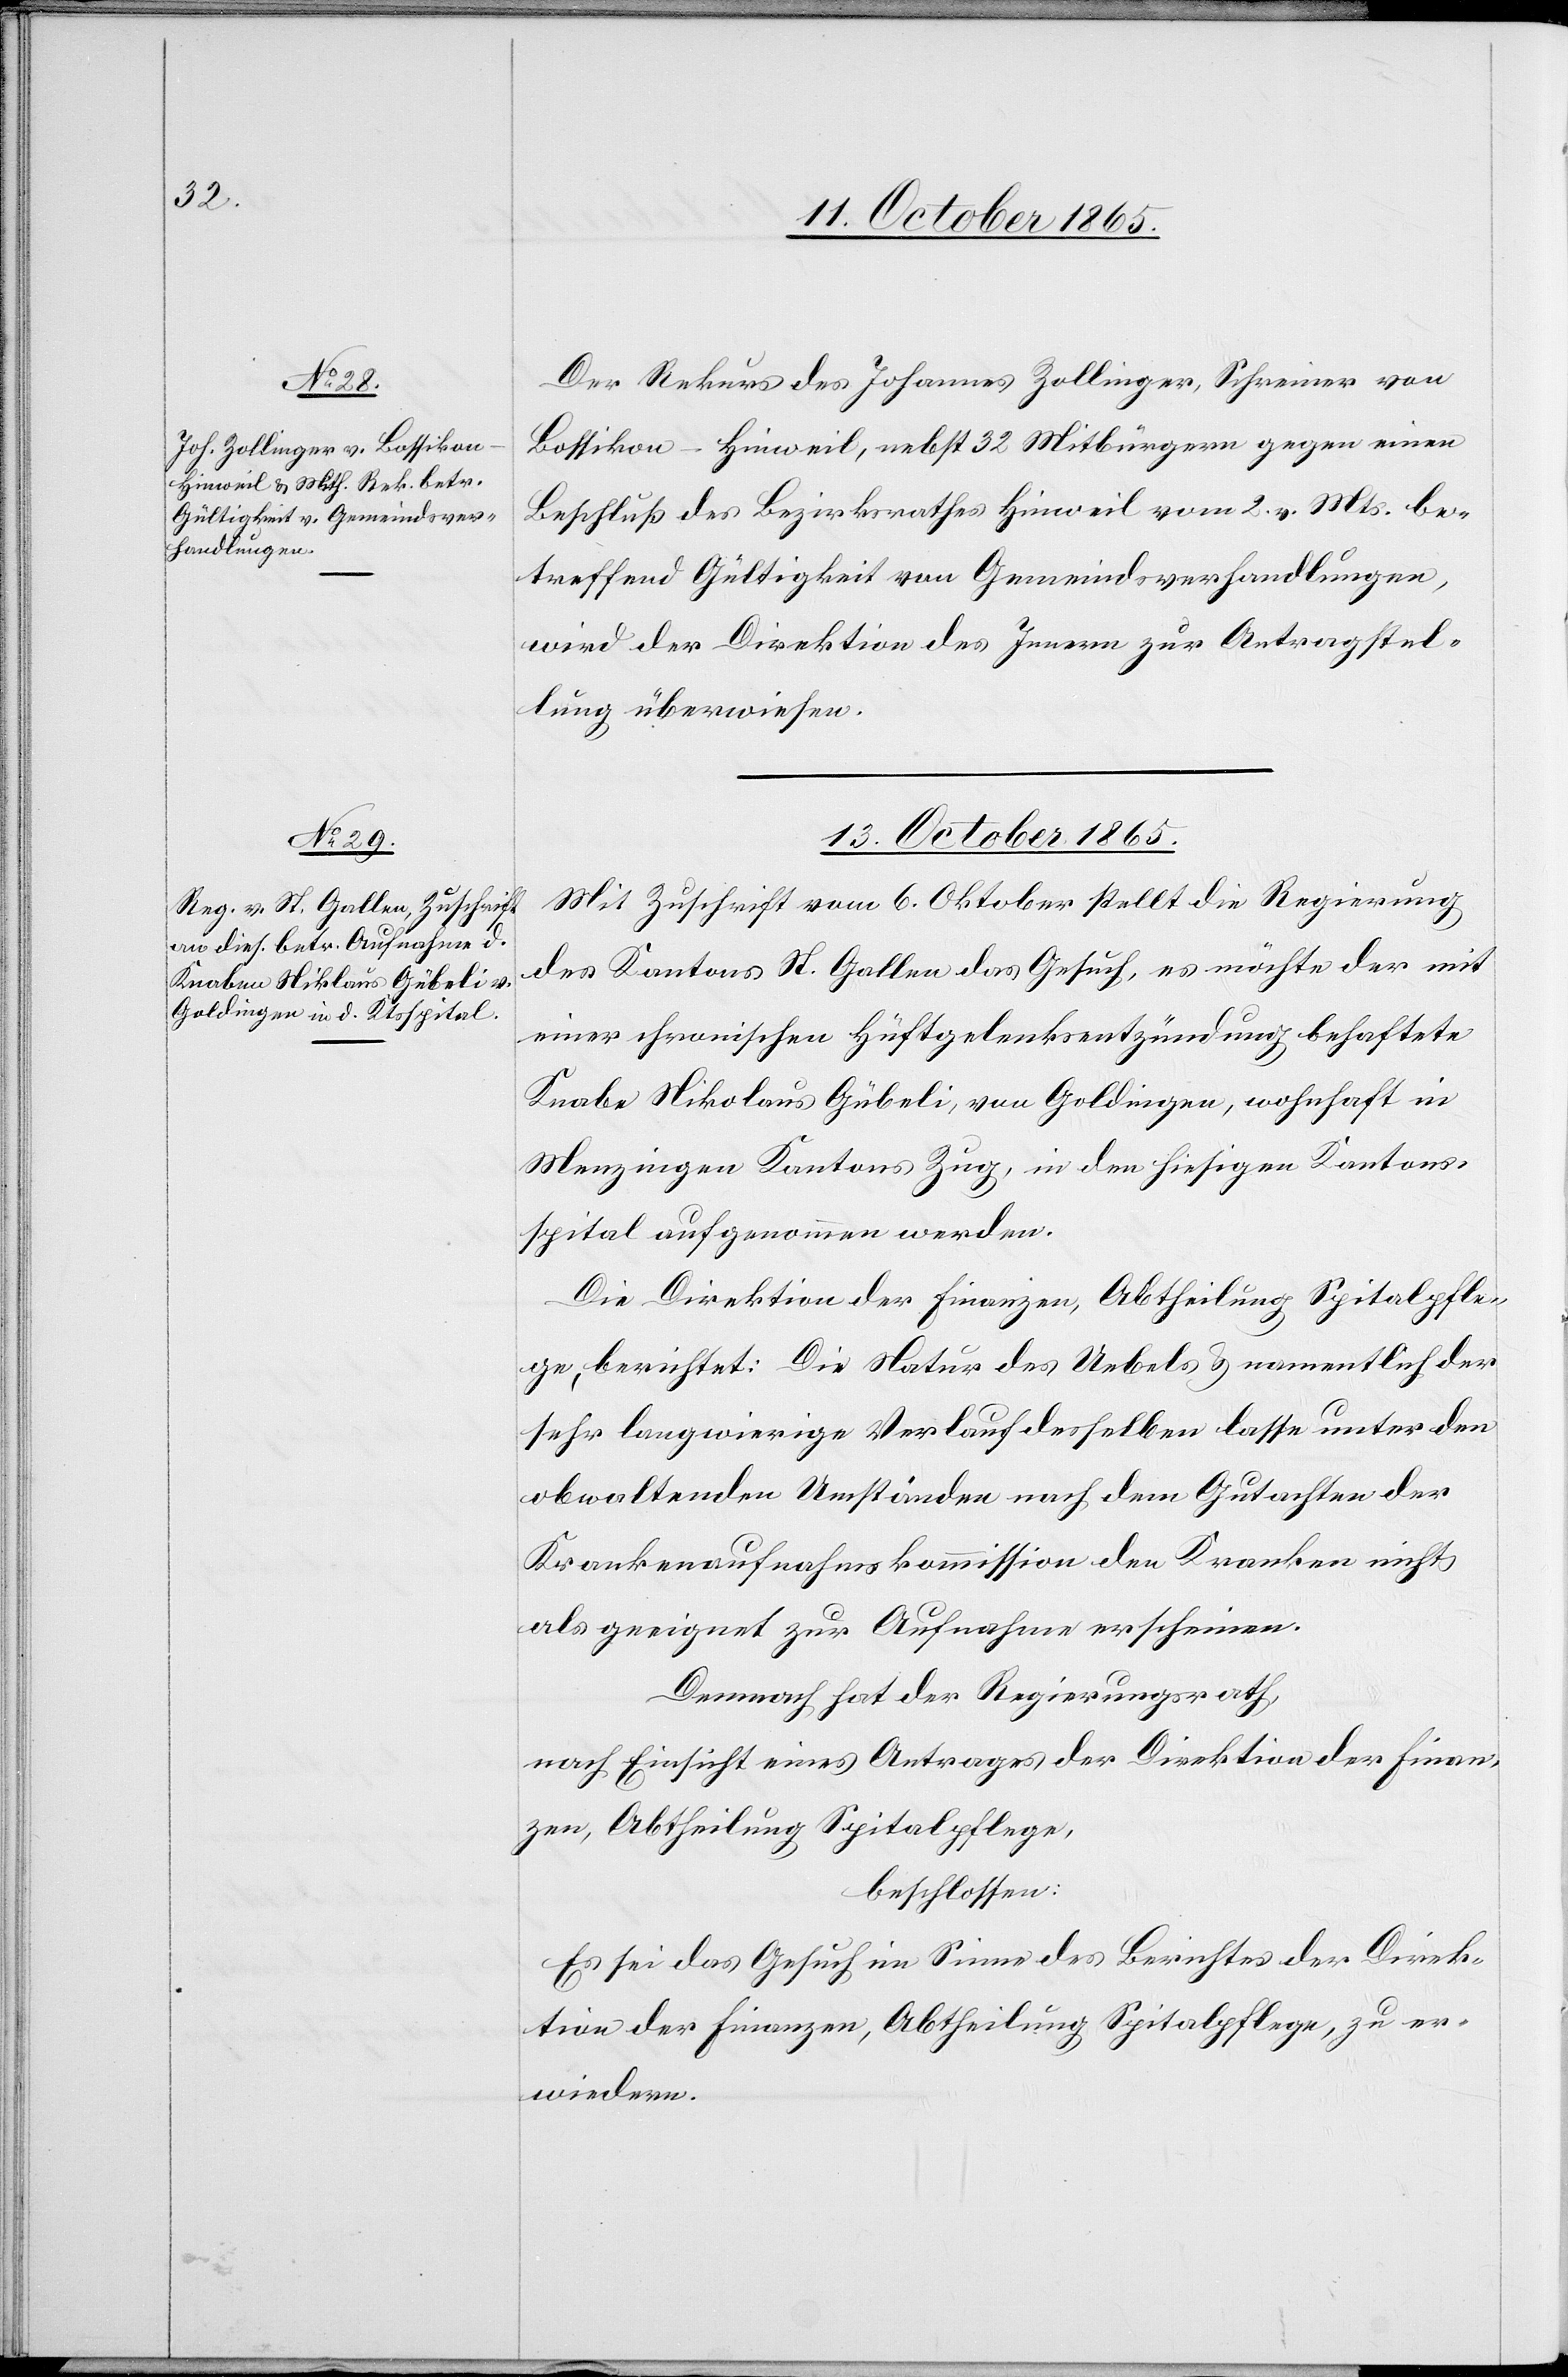
Der Rekurs des Johannes Zollinger, Schreiner von
Bossikon - Hinweil, nebst 32 Mitbürgern gegen einen
Beschluß des Bezirksrathes Hinweil vom 2. v. Mts. be¬
treffend Gültigkeit von Gemeindsverhandlungen,
wird der Direktion des Innern zur Antragstel¬
lung überwiesen.
13. October 1865.
Mit Zuschrift vom 6. Oktober stellt die Regierung
des Kantons St. Gallen das Gesuch, es möchte der mit
einer chronischen Hüftgelenksentzündung behaftete
Knabe Nikolaus [sic!] Gübeli, von Goldingen, wohnhaft in
Menzingen Kantons Zug, in den hiesigen Kantons¬
spital aufgenommen werden.
Die Direktion der Finanzen, Abtheilung Spitalpfle¬
ge, berichtet: Die Natur des Uebels & namentlich der
sehr langwierige Verlauf desselben lasse unter den
obwaltenden Umständen nach dem Gutachten der
Krankenaufnahmskommission den Kranken nicht
als geeignet zur Aufnahme erscheinen.
Demnach hat der Regierungsrath,
nach Einsicht eines Antrages der Direktion der Finan¬
zen, Abtheilung Spitalpflege,
beschlossen:
Es sei das Gesuch im Sinne des Berichtes der Direk¬
tion der Finanzen, Abtheilung Spitalpflege, zu er¬
wiedern.